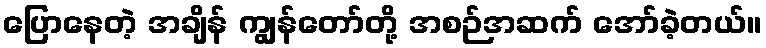
ပြောနေတဲ့ အချိန် ကျွန်တော်တို့ အစဉ်အဆက် အော်ခဲ့တယ်။